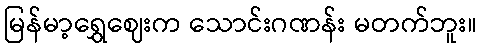
မြန်မာ့ရွှေဈေးက သောင်းဂဏန်း မတက်ဘူး။